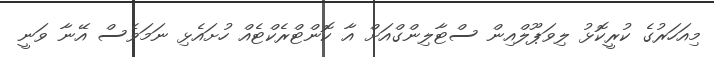
މިއަހަރުގެ ކުރީކޮޅު ލިވަޕޫލްއިން ސްޓާލިންގްއަށް އާ ކޮންޓްރެކްޓެއް ހުށައެޅި ނަމަވެސް އޭނާ ވަނީ